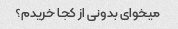
میخوای بدونی از کجا خریدم؟